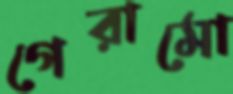
গেরামো